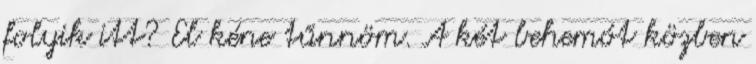
folyik itt? El kéne tűnnöm. A két behemót közben